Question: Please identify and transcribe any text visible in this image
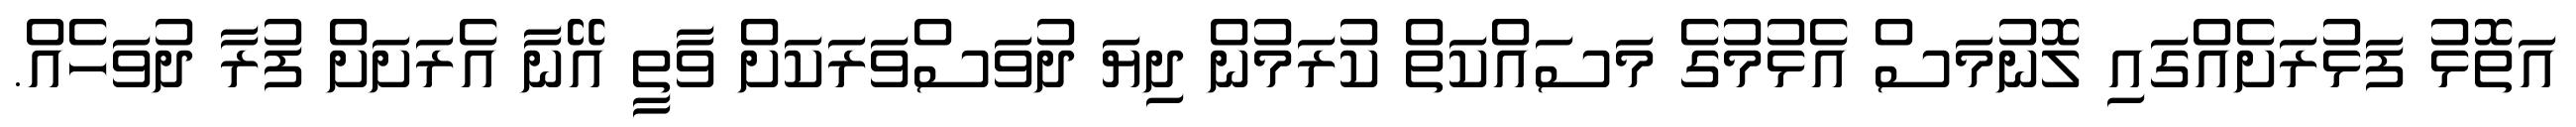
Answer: އަތޮޅު ފަޅުރަށެއްގައި ލޮނުމަސް އެޅުމުގެ މަސައްކަތް ކުރަމުން ދިޔަ ދުވަސްވަރަކަށް ވާތީ އޭނާ އެރަށަށް ފުރާ ދުވަހެއް.